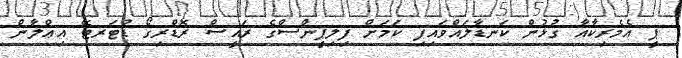
ޕީ އެމެރިކާއާ ގުޅުން ކަނޑާލައްވައިފި ކަމަށް ފިލިޕީންސްގެ ރައީސް ރޮޑްރިގޯ ޑުޓަރޓޭ އިޢްލާން